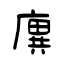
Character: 廙